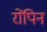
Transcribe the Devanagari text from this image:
रोंपिन